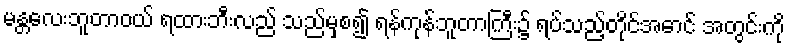
မန္တလေးဘူတာဝယ် ရထားဘီးလည် သည်မှစ၍ ရန်ကုန်ဘူတာကြီး၌ ရပ်သည့်တိုင်အောင် အတွင်းကို